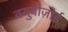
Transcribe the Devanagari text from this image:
क्युबोज़ोई